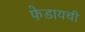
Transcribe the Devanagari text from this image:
फेडायची